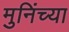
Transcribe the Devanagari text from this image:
मुनिंच्या